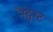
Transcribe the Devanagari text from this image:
नैट्वेस्ट